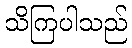
သိကြပါသည်